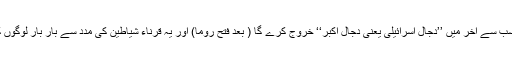
(3) تیسرا دجال سب سے آخر میں ’’دجالِ اسرائیلی یعنی دجالِ اکبر‘‘ خروج کرے گا ( بعد فتحِ روما) اور یہ قرناء شیاطین کی مدد سے بار بار لوگوں کو زندہ کرے گا۔